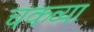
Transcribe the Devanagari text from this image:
चकव्या